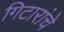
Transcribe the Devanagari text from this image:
गिटारांचे